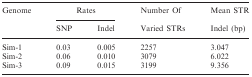
<table><thead><tr><td><b>Genome</b></td><td colspan="2"><b>Rates</b></td><td><b>Number Of</b></td><td><b>Mean STR</b></td></tr><tr><td></td><td><b>SNP</b></td><td><b>Indel</b></td><td><b>Varied STRs</b></td><td><b>Indel (bp)</b></td></tr></thead><tbody><tr><td>Sim-1</td><td>0.03</td><td>0.005</td><td>2257</td><td>3.047</td></tr><tr><td>Sim-2</td><td>0.06</td><td>0.010</td><td>3079</td><td>6.022</td></tr><tr><td>Sim-3</td><td>0.09</td><td>0.015</td><td>3199</td><td>9.356</td></tr></tbody></table>